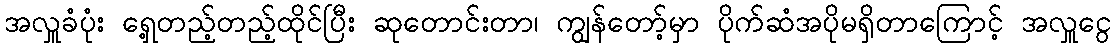
အလှူခံပုံး ရှေ့တည့်တည့်ထိုင်ပြီး ဆုတောင်းတာ၊ ကျွန်တော့်မှာ ပိုက်ဆံအပိုမရှိတာကြောင့် အလှူငွေ